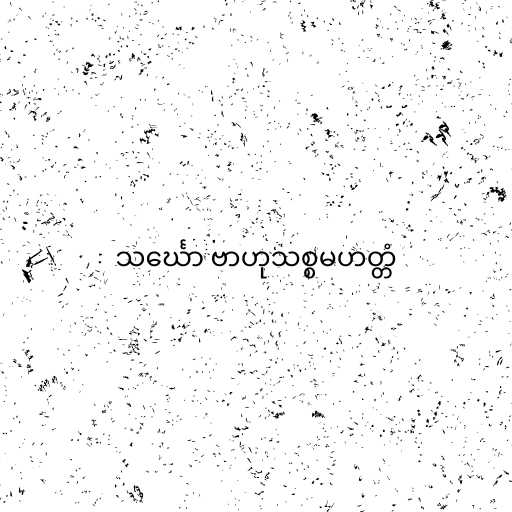
သင်္ဃော ဗာဟုသစ္စမဟတ္တံ